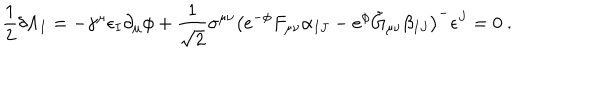
LaTeX: \frac { 1 } { 2 } \delta \Lambda _ { I } = - \gamma ^ { \mu } \epsilon _ { I } \partial _ { \mu } \phi + \frac { 1 } { \sqrt 2 } \sigma ^ { \mu \nu } \left( e ^ { - \phi } F _ { \mu \nu } \alpha _ { I J } - e ^ { \phi } \tilde { G } _ { \mu \nu } \beta _ { I J } \right) ^ { - } \epsilon ^ { J } = 0 \ .